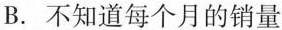
B. 不知道每个月的销量